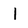
Character: l